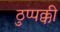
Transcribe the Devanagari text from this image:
ठुप्पक्की